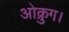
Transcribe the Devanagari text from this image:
ओक्रुग।